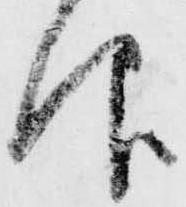
仰